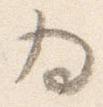
為